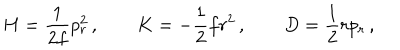
H = { \frac { 1 } { 2 f } } p _ { r } ^ { 2 } \, , \qquad K = - { \frac { 1 } { 2 } } f r ^ { 2 } \, , \qquad D = { \frac { 1 } { 2 } } r p _ { r } \, ,